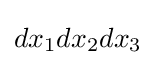
dx_{1}dx_{2}dx_{3}